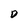
Character: D